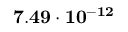
\mathbf { 7 . 4 9 \cdot 1 0 ^ { - 1 2 } }